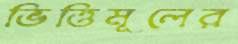
ভিত্তিমূলের